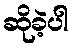
ဆိုခဲ့ပါ